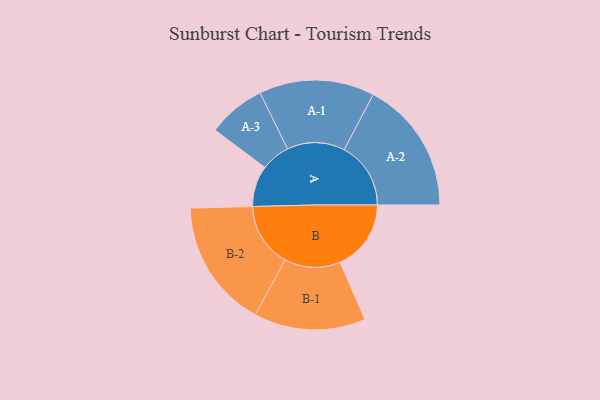
{"axis": {"x": "Segment", "y": "Value"}, "legend": ["", "A", "B"], "data": [{"x": "A", "y": 174, "type": ""}, {"x": "B", "y": 302, "type": ""}, {"x": "A-1", "y": 245, "type": "A"}, {"x": "A-2", "y": 283, "type": "A"}, {"x": "A-3", "y": 123, "type": "A"}, {"x": "B-1", "y": 237, "type": "B"}, {"x": "B-2", "y": 273, "type": "B"}]}